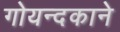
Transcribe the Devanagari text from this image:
गोयन्‍दकाने